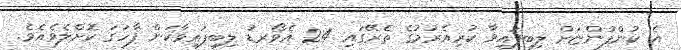
އެ ކުންފުންޏަށް ލިބިފައިވާ ކުރިއެރުމުގެ ތެރޭގައި 24 އެވޯރޑު ލިބިފައިވާކަން ފާހަގަ ކޮށްލެވެއެވެ.